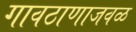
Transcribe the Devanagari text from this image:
गावठाणाजवळ